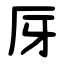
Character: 厊